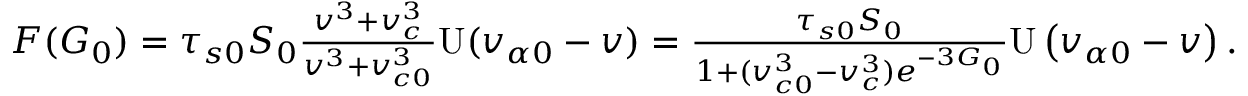
\begin{array} { r } { F ( G _ { 0 } ) = \tau _ { s 0 } S _ { 0 } \frac { v ^ { 3 } + v _ { c } ^ { 3 } } { v ^ { 3 } + v _ { c 0 } ^ { 3 } } \mathrm { U } ( v _ { \alpha 0 } - v ) = \frac { \tau _ { s 0 } S _ { 0 } } { 1 + ( v _ { c 0 } ^ { 3 } - v _ { c } ^ { 3 } ) e ^ { - 3 G _ { 0 } } } \mathrm { U } \left( v _ { \alpha 0 } - v \right) . } \end{array}